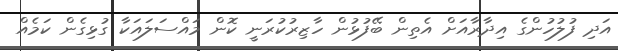
އަދި ފުލުހުންގެ އިދާރާއަށް އެތިން ބޭފުޅުން ހާޒިރުކުރަނީ ކޮން މައްސަލައަކާ ގުޅިގެން ކަމެއް